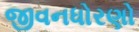
જીવનધોરણો